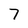
Character: 7